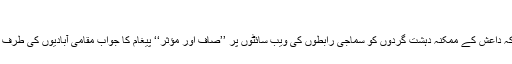
‘‘
جانسن نے کہا کہ داعش کے ممکنہ دہشت گردوں کو سماجی رابطوں کی ویب سائٹوں پر ’’صاف اور مؤثر‘‘ پیغام کا جواب مقامی آبادیوں کی طرف سے آنا چاہیئے۔